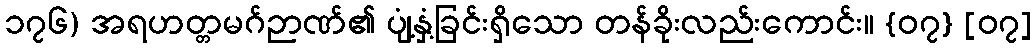
၁၇၆) အရဟတ္တမဂ်ဉာဏ်၏ ပျံ့နှံ့ခြင်းရှိသော တန်ခိုးလည်းကောင်း။ {၀၇} [၀၇]